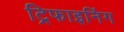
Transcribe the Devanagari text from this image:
ट्रिफाइनिंग